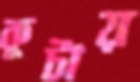
কুটায়